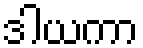
ဒါယကာ